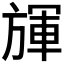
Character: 𣄈